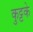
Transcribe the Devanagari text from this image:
कुट्टके